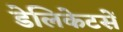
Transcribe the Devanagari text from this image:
डेलिकेटसें